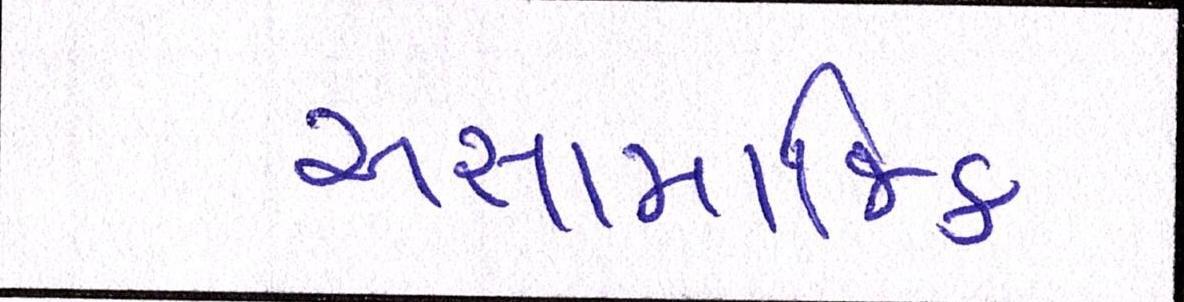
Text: અસામાજિક